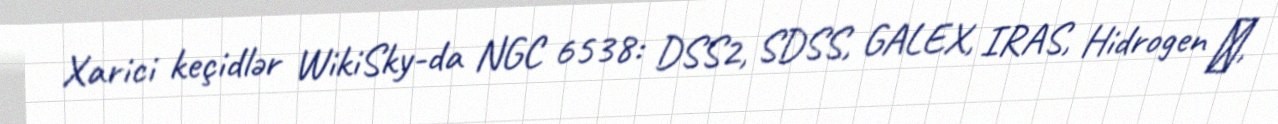
Xarici keçidlər WikiSky-da NGC 6538: DSS2, SDSS, GALEX, IRAS, Hidrogen α,